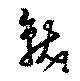
龍